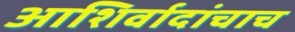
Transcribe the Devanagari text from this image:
आशिर्वादांचाच